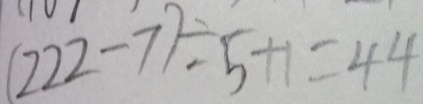
( 2 2 2 - 7 ) \div 5 + 1 = 4 4